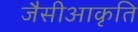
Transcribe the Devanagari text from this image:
जैसीआकृति